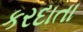
કરદાતા